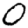
Digit: 0